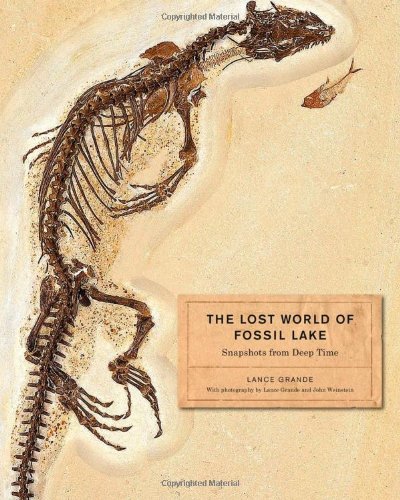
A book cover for The Lost World of Fossil Lake: Snapshots from Deep Time; Lance Grande; Science & Math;